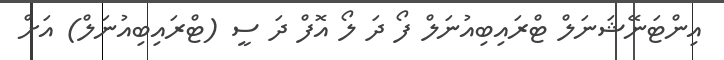
އިންޓަނޭޝަނަލް ޓްރައިބިއުނަލް ފޯ ދަ ލޯ އޮފް ދަ ސީ (ޓްރައިބިއުނަލް) އަށް